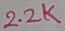
Text: 2.2K